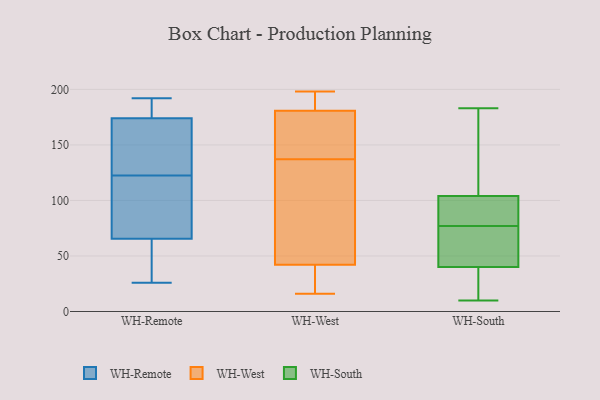
{"axis": {"x": "Production Output", "y": "Value"}, "legend": ["WH-Remote", "WH-South", "WH-West"], "data": [{"x": "", "y": 137, "type": "WH-Remote"}, {"x": "", "y": 87, "type": "WH-Remote"}, {"x": "", "y": 118, "type": "WH-Remote"}, {"x": "", "y": 127, "type": "WH-Remote"}, {"x": "", "y": 192, "type": "WH-Remote"}, {"x": "", "y": 26, "type": "WH-Remote"}, {"x": "", "y": 71, "type": "WH-Remote"}, {"x": "", "y": 191, "type": "WH-Remote"}, {"x": "", "y": 147, "type": "WH-Remote"}, {"x": "", "y": 32, "type": "WH-Remote"}, {"x": "", "y": 49, "type": "WH-Remote"}, {"x": "", "y": 183, "type": "WH-Remote"}, {"x": "", "y": 78, "type": "WH-Remote"}, {"x": "", "y": 60, "type": "WH-Remote"}, {"x": "", "y": 188, "type": "WH-Remote"}, {"x": "", "y": 165, "type": "WH-Remote"}, {"x": "", "y": 39, "type": "WH-West"}, {"x": "", "y": 148, "type": "WH-West"}, {"x": "", "y": 51, "type": "WH-West"}, {"x": "", "y": 137, "type": "WH-West"}, {"x": "", "y": 23, "type": "WH-West"}, {"x": "", "y": 16, "type": "WH-West"}, {"x": "", "y": 198, "type": "WH-West"}, {"x": "", "y": 180, "type": "WH-West"}, {"x": "", "y": 196, "type": "WH-West"}, {"x": "", "y": 181, "type": "WH-West"}, {"x": "", "y": 114, "type": "WH-West"}, {"x": "", "y": 22, "type": "WH-South"}, {"x": "", "y": 103, "type": "WH-South"}, {"x": "", "y": 88, "type": "WH-South"}, {"x": "", "y": 10, "type": "WH-South"}, {"x": "", "y": 40, "type": "WH-South"}, {"x": "", "y": 40, "type": "WH-South"}, {"x": "", "y": 97, "type": "WH-South"}, {"x": "", "y": 44, "type": "WH-South"}, {"x": "", "y": 124, "type": "WH-South"}, {"x": "", "y": 114, "type": "WH-South"}, {"x": "", "y": 104, "type": "WH-South"}, {"x": "", "y": 183, "type": "WH-South"}, {"x": "", "y": 41, "type": "WH-South"}, {"x": "", "y": 66, "type": "WH-South"}]}